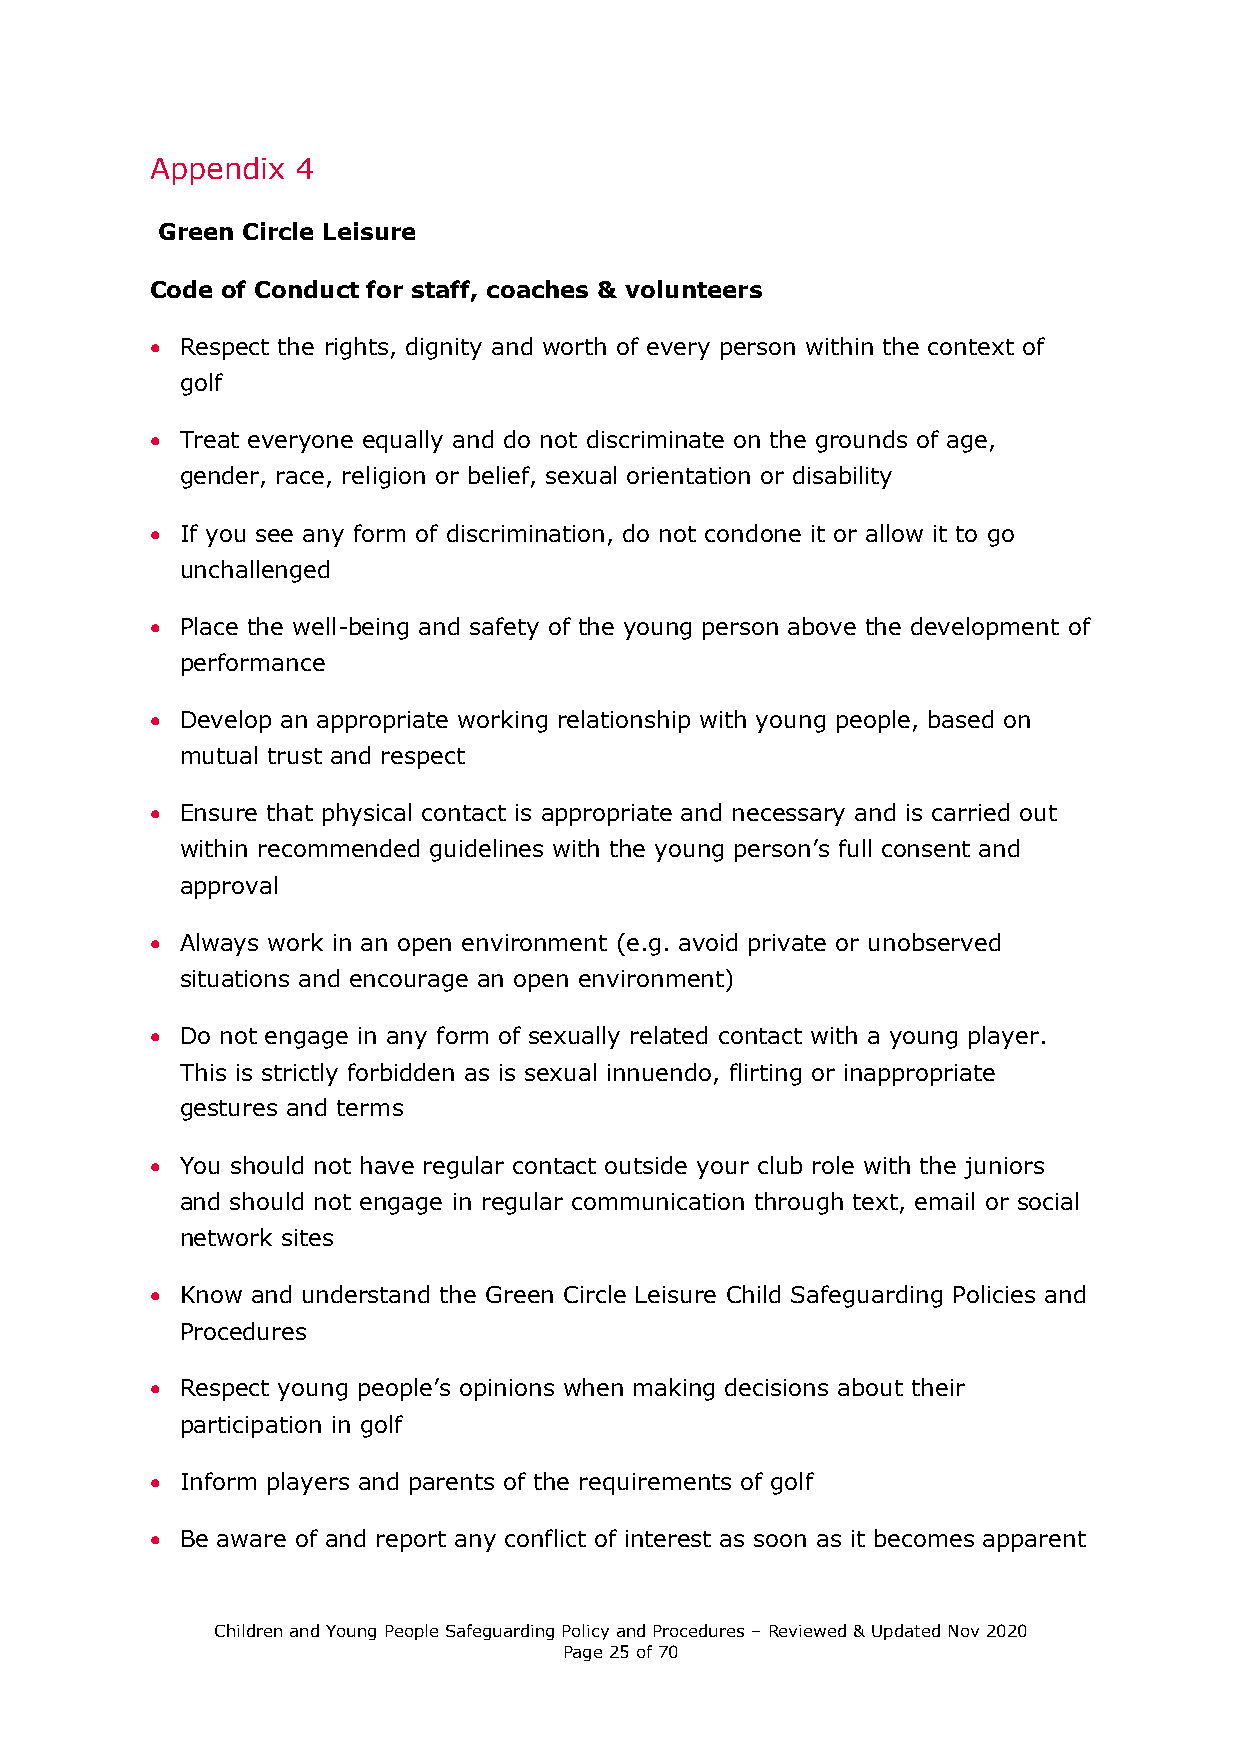
Appendix  4
 Green Circle Leisure
 Code of Conduct for staff, coaches & volunteers
 • Respect the rights, dignity and worth of every person within the context of
 golf
 • Treat everyone equally and do not discriminate on the grounds of age,
 gender, race, religion or belief, sexual orientation or disability
 • If you see any form of discrimination, do not condone it or allow it to go
 unchallenged
 • Place the well-being and safety of the young person above the development of
 performance
 • Develop an appropriate working relationship with young people, based on
 mutual trust and respect
 • Ensure that physical contact is appropriate and necessary and is carried out
 within recommended guidelines with the young person’s full consent and
 approval
 • Always work in an open environment (e.g. avoid private or unobserved
 situations and encourage an open environment)
 • Do not engage in any form of sexually related contact with a young player.
 This is strictly forbidden as is sexual innuendo, flirting or inappropriate
 gestures and terms
 • You should not have regular contact outside your club role with the juniors
 and should not engage in regular communication through text, email or social
 network sites
 • Know and understand the Green Circle Leisure Child Safeguarding Policies and
 Procedures
 • Respect young people’s opinions when making decisions about their
 participation in golf
 • Inform players and parents of the requirements of golf
 • Be aware of and report any conflict of interest as soon as it becomes apparent
 Children and Young People Safeguarding Policy and Procedures – Reviewed & Updated Nov 2020
 Page 25 of 70